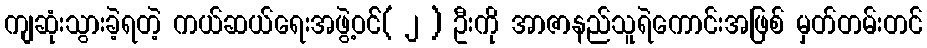
ကျဆုံးသွားခဲ့ရတဲ့ ကယ်ဆယ်ရေးအဖွဲ့ဝင််( ၂ ) ဦးကို အာဇာနည်သူရဲကောင်းအဖြစ် မှတ်တမ်းတင်